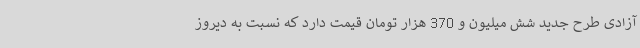
آزادی طرح جدید شش میلیون و 370 هزار تومان قیمت دارد که نسبت به دیروز